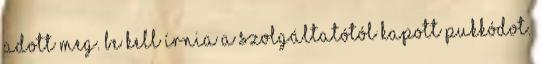
adott meg. Be kell írnia a szolgáltatótól kapott PUKkódot.